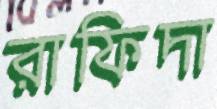
রাফিদা